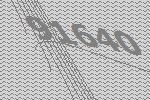
91640